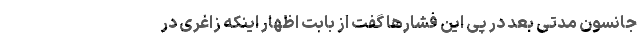
جانسون مدتی بعد در پی این فشارها گفت از بابت اظهار اینکه زاغری در